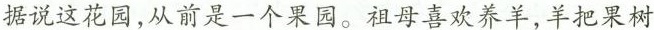
据说这花园，从前是一个果园。祖母喜欢养羊，羊把果树